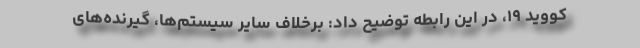
کووید ۱۹، در این رابطه توضیح داد: برخلاف سایر سیستم‌ها، گیرنده‌های